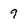
Character: 9